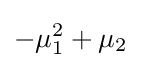
-\mu _{1}^{2}+\mu _{2}